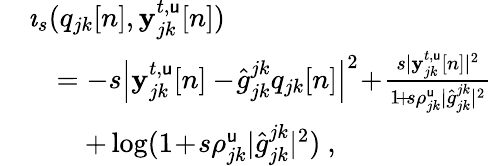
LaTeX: \begin{array}{rl}&{\imath_{s}(q_{jk}[n],\mathbf{y}_{jk}^{t,{\mathsf{u}}}[n])}\\ &{\quad=-s\left|{\mathbf{y}_{jk}^{t,{\mathsf{u}}}[n]-\! \widehat{g}_{jk}^{jk}q_{jk}[n]}\right|^{2}\! +\! \frac{s|\mathbf{y}_{jk}^{t,{\mathsf{u}}}[n]|^{2}}{1\! +\! s\rho_{jk}^{\mathsf{u}}|\widehat{g}_{jk}^{jk}|^{2}}}\\ &{\quad\quad+\log(1\! +\! s\rho_{jk}^{\mathsf{u}}|\widehat{g}_{jk}^{jk}|^{2})\ ,}\end{array}